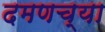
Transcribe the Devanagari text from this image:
दमणच्या